Medical and sanitary report on the native army of Bombay for the year
Year: 1878
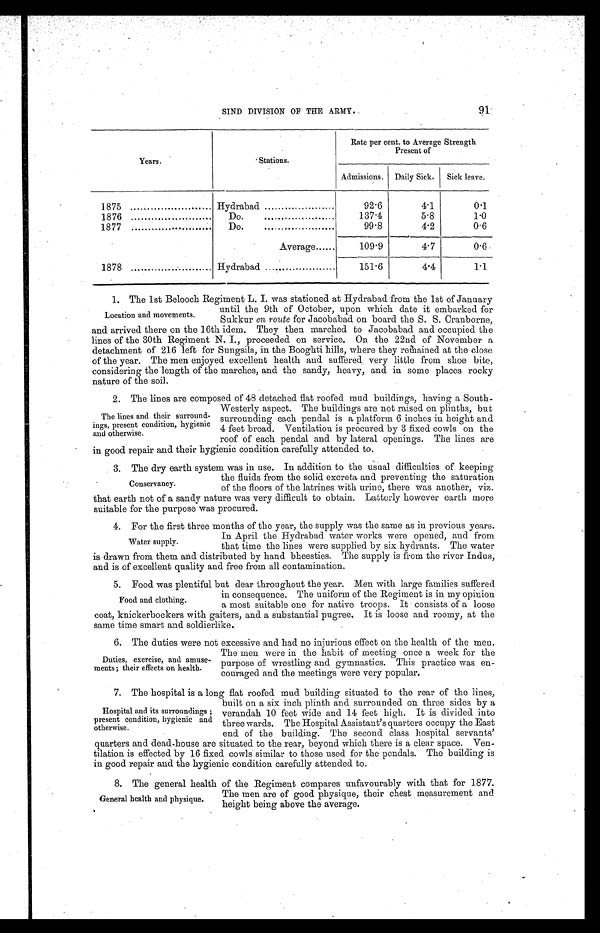
91
SIND DIVISION OF THE ARMY.
Years.
Stations.
Rate per cent. to Average Strength
Present of
Admissions. Daily Sick.
Sick leave.
1875
Hydrabad.
92.6
4.1
0.1
1876 ........................
Do . . . . . . . . . . . . . . . . . . . . . . . . . .
137.4
5.8
1.0
1877 .............................
Do.
...
99.8
4.2
0.6
Average......
109.9
4.7
0.6
1878
Hydrabad
151.6
4.4
1.1
1. The 1st Belooch Regiment L. I. was stationed at Hydrabad from the 1st of January
until the 9th of October, upon which date it embarked for
Sukkur en route for Jacobabad on board the S. S. Cranborne,
and arrived there on the 16th idem. They then marched to Jacobabad and occupied the
lines of the 30th Regiment N. I., proceeded on service. On the 22nd of November a
detachment of 216 left for Sungsila, in the Booghti hills, where they remained at the close
of the year. The men enjoyed excellent health and suffered very little from shoe bite,
considering the length of the marches, and the sandy, heavy, and in some places rocky
nature of the soil.
2. The lines are composed of 48 detached flat roofed mud buildings, having a South-
Location and movements.
The lines and their surround-
ings, present condition, hygienic
and otherwise.
Westerly aspect. The buildings are not raised on plinths, but
surrounding each pendal is a platform 6 inches in height and
4 feet broad. Ventilation is procured by 3 fixed cowls on the
roof of each pendal and by lateral openings. The lines are
in good repair and their hygienic condition carefully attended to.
3. The dry earth system was in use. In addition to the usual difficulties of keeping
Conservancy.
the fluids from the solid excreta and preventing the saturation
of the floors of the latrines with urine, there was another, viz.
that earth not of a sandy nature was very difficult to obtain. Latterly however earth more
suitable for the purpose was procured.
4. For the first three months of the year, the supply was the same as in previous years.
In April the Hydrabad water works were opened, and from
that time the lines were supplied by six hydrants. The water
is drawn from them and distributed by hand bheesties. The supply is from the river Indus,
and is of excellent quality and free from all contamination.
5. Food was plentiful but dear throughout the year. Men with large families suffered
in consequence. The uniform of the Regiment is in my opinion
a most suitable one for native troops. It consists of a loose
coat, knickerbockers with gaiters, and a substantial pugree. It is loose and roomy, at the
same time smart and soldierlike.
6. The duties were not excessive and had no injurious effect on the health of the men.
Water supply.
Food and clothing.
Duties, exercise, and amuse-
ments ; their effects on health.
The men were in the habit of meeting once a week for the
purpose of wrestling and gymnastics. This practice was en-
couraged and the meetings were very popular.
7. The hospital is a long flat roofed mud building situated to the rear of the lines,
built on a six inch plinth and surrounded on three sides by a
verandah 10 feet wide and 14 feet high. It is divided into
three wards. The Hospital Assistant’s quarters occupy the East
end of the building. . The second class hospital servants’
quarters and dead-house are situated to the rear, beyond which there is a clear space. Ven-
tilation is effected by 16 fixed cowls similar to those used for the pendals. The building is
in good repair and the hygienic condition carefully attended to.
8. The general health of the Regiment compares unfavourably with that for 1877.
Hospital and its surroundings ;
present condition, hygienic and
otherwise.
General health and physique.
The men are of good physique, their chest measurement and
height being above the average.